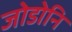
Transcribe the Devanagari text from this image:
जोडोनि